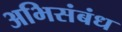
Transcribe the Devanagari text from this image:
अभिसंबंध